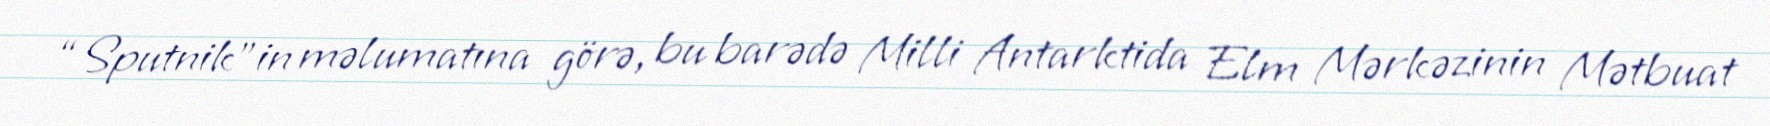
“Sputnik”in məlumatına görə, bu barədə Milli Antarktida Elm Mərkəzinin Mətbuat